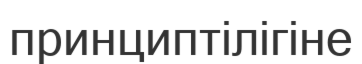
принциптілігіне